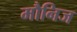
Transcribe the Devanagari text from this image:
मौनिज